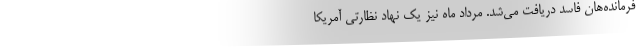
فرمانده‌هان فاسد دریافت می‌شد. مرداد ماه نیز یک نهاد نظارتی آمریکا